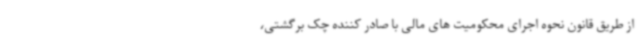
از طریق قانون نحوه اجرای محکومیت های مالی با صادر کننده چک برگشتی،